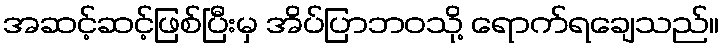
အဆင့်ဆင့်ဖြစ်ပြီးမှ အိပ်ပြာဘဝသို့ ရောက်ရချေသည်။